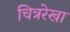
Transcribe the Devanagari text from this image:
चित्ररेखा